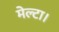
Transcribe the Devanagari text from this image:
मेल्टा।